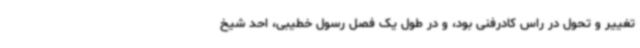
تغییر و تحول در راس کادرفنی بود، و در طول یک فصل رسول خطیبی، احد شیخ